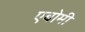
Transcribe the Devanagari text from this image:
एबोमी